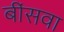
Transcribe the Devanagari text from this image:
बींसवा